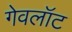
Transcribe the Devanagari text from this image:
गेवलॉट